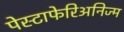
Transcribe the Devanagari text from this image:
पेस्टाफेरिअनिज्म